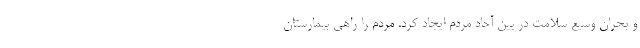
و بحران وسیع سلامت در بین آحاد مردم ایجاد کرد. مردم را راهی بیمارستان